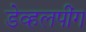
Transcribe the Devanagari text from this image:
डेव्हलपींग